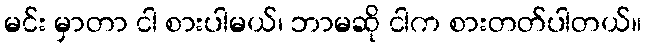
မင်း မှာတာ ငါ စားပါမယ်၊ ဘာမဆို ငါက စားတတ်ပါတယ်။